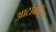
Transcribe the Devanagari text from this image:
आर्टाबोट्रिस